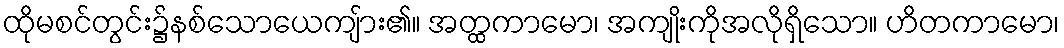
ထိုမစင်တွင်း၌နစ်သောယေကျ်ား၏။ အတ္ထကာမော၊ အကျိုးကိုအလိုရှိသော။ ဟိတကာမော၊